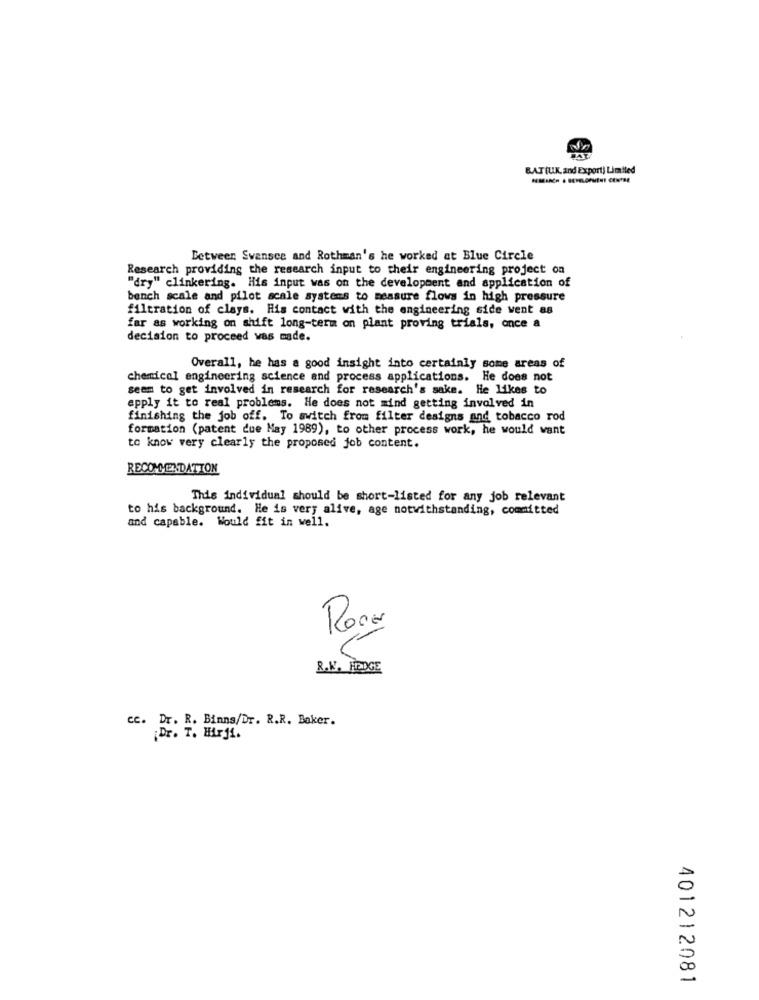
BAT(UK, and Export) Limited
Between Svansce and Rothman's he worked at Blue Circle
Research providing the research input to their engineering project on
"dry" clinkering. His input was on the development and application of
bench scale and pilot scale systems to measure flows in high pressure
filtration of clays. His contact with the engineering side went as
far as working on shift long-term on plant proving trials, once a
decision to proceed was made.
Overall, he has a good insight into certainly some areas of
chemical engineering science and process applications. He does not
seem to get involved in research for research's sake. He Likes to
apply it to real problems. He does not mind getting involved in
finishing the job off. To switch from filter designs and tobacco rod
formation (patent due May 1989), to other process work, he would want
to know very clearly the proposed job content.
RECOMMENDATION
This individual should be short-listed for any job relevant
to his background. He is very alive, age notwithstanding, committed
and capable. Would fit in well.
Roce
R.K. HEDGE
cc. Dr. R. Binns/Dr. R.R. Baker.
¡Dr. T. Hir11.
401212081